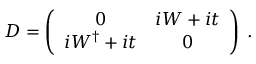
{ \cal D } = \left( \begin{array} { c c } { { 0 } } & { { i W + i t } } \\ { { i W ^ { \dagger } + i t } } & { { 0 } } \end{array} \right) \: .